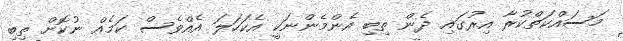
މަސައްކަތްކުރާ އިރުގައި ދެން ތިބި އެންމެންނަކީ އެކަހަލަ އެއްވެސް ކަމެއް ނުކޮށް ތިބި